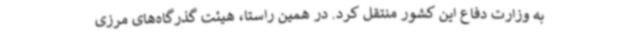
به وزارت دفاع این کشور منتقل کرد. در همین راستا، هیئت گذرگاه‌های مرزی